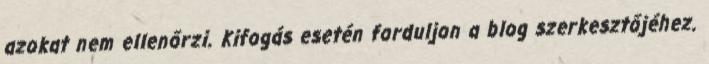
azokat nem ellenőrzi. Kifogás esetén forduljon a blog szerkesztőjéhez.